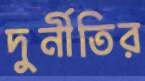
দুর্নীতির